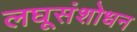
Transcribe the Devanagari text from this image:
लघूसंशोधन